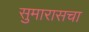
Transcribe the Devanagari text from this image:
सुमारासचा